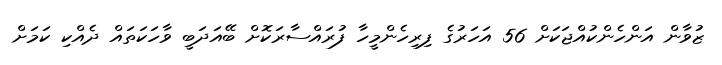
ޒުވާން އަންހެންކުއްޖަކަށް 56 އަހަރުގެ ފިރިހެންމީހާ ފުރައްސާރަކޮށް ބޭއަދަބީ ވާހަކަތައް ދެއްކި ކަމަށް